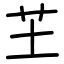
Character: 芏